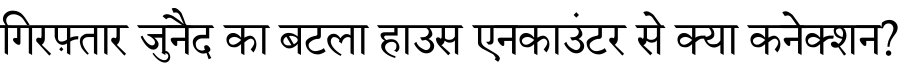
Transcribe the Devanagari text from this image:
गिरफ़्तार जुनैद का बटला हाउस एनकाउंटर से क्या कनेक्शन?